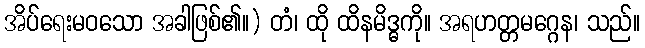
အိပ်ရေးမဝသော အခါဖြစ်၏။) တံ၊ ထို ထိနမိဒ္ဓကို။ အရဟတ္တမဂ္ဂေန၊ သည်။